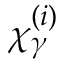
\chi _ { \gamma } ^ { ( i ) }